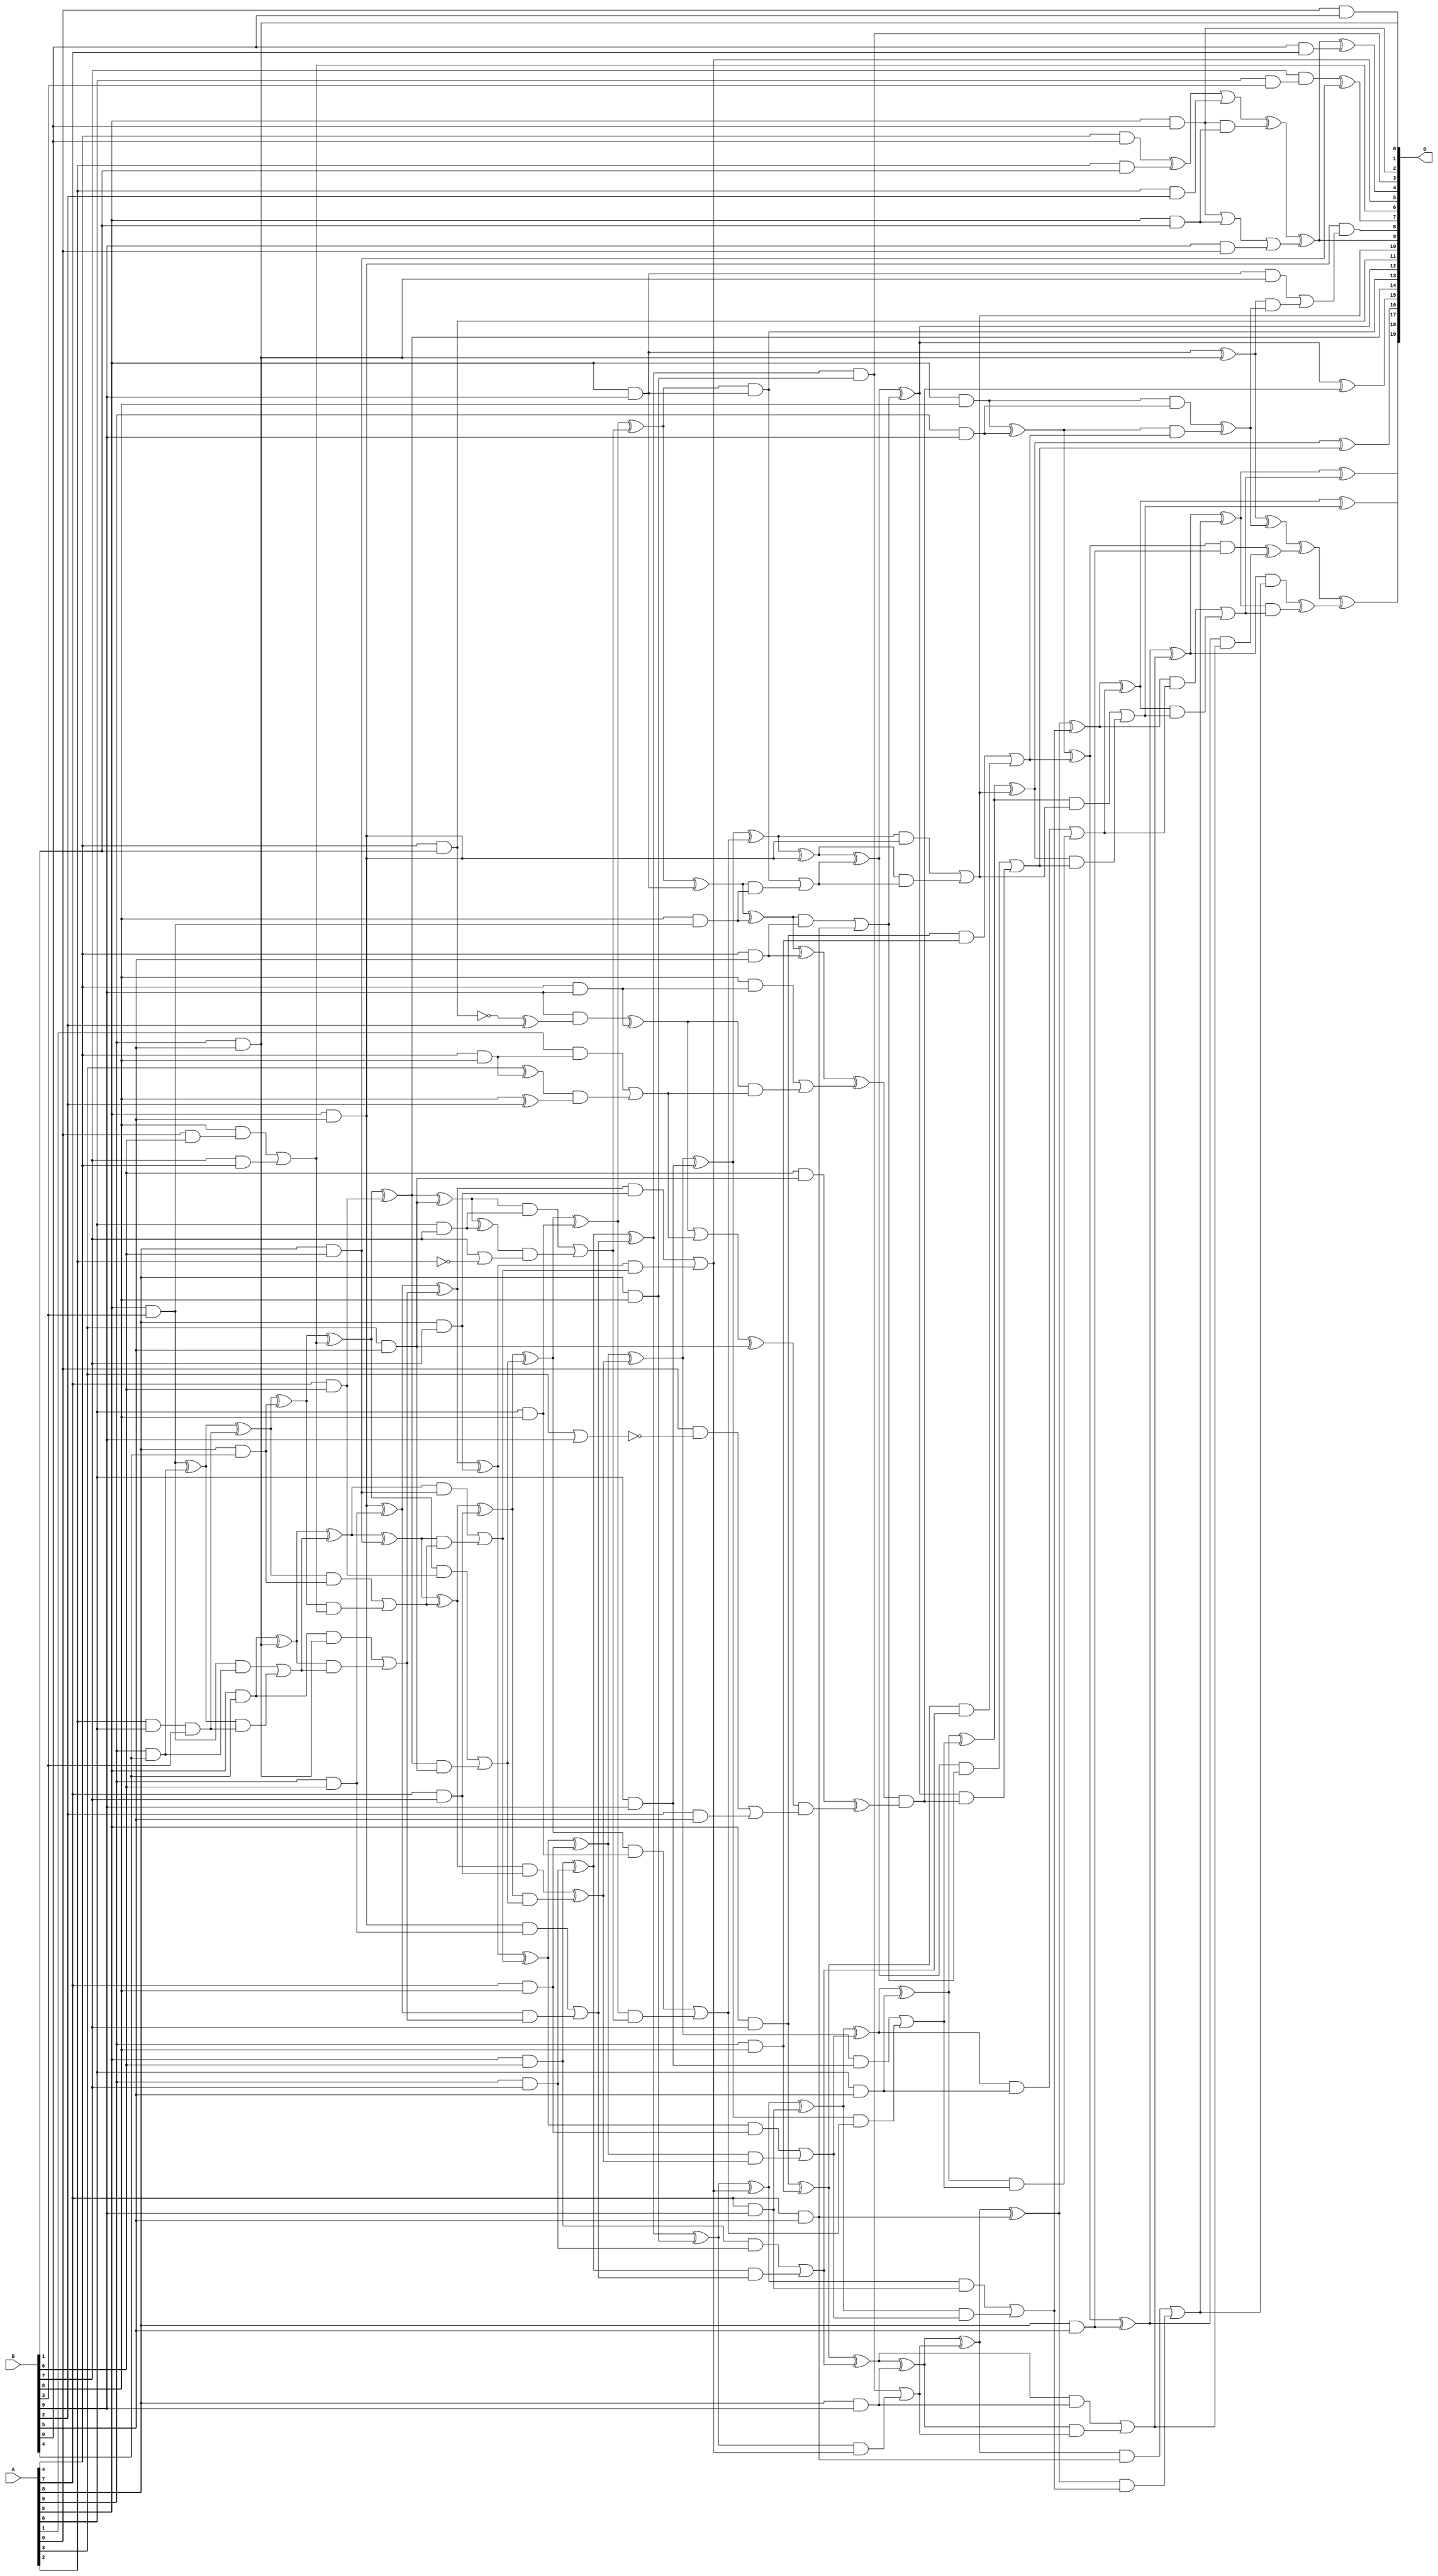
module mul11u_097(A, B, O);
  input [9:0] A, B;
  output [19:0] O;
  wire [9:0] A, B;
  wire [19:0] O;
  wire sig_25, sig_26, sig_35, sig_36, sig_48, sig_49;
  wire sig_50, sig_66, sig_70, sig_81, sig_82, sig_84;
  wire sig_85, sig_88, sig_106, sig_107, sig_135, sig_137;
  wire sig_140, sig_141, sig_144, sig_180, sig_182, sig_185;
  wire sig_194, sig_195, sig_196, sig_223, sig_238, sig_239;
  wire sig_242, sig_243, sig_244, sig_245, sig_246, sig_255;
  wire sig_256, sig_257, sig_297, sig_298, sig_299, sig_300;
  wire sig_301, sig_302, sig_303, sig_304, sig_305, sig_306;
  wire sig_307, sig_315, sig_316, sig_317, sig_318, sig_351;
  wire sig_353, sig_355, sig_356, sig_357, sig_358, sig_359;
  wire sig_360, sig_361, sig_362, sig_363, sig_364, sig_365;
  wire sig_366, sig_367, sig_368, sig_375, sig_376, sig_377;
  wire sig_378, sig_379, sig_404, sig_406, sig_409, sig_410;
  wire sig_411, sig_412, sig_414, sig_415, sig_416, sig_417;
  wire sig_418, sig_419, sig_420, sig_421, sig_422, sig_423;
  wire sig_425, sig_426, sig_427, sig_428, sig_429, sig_434;
  wire sig_435, sig_436, sig_437, sig_438, sig_439, sig_440;
  wire sig_461, sig_462, sig_463, sig_465, sig_467, sig_469;
  wire sig_470, sig_471, sig_472, sig_473, sig_474, sig_475;
  wire sig_476, sig_477, sig_478, sig_479, sig_480, sig_481;
  wire sig_483, sig_484, sig_485, sig_486, sig_487, sig_488;
  wire sig_489, sig_490, sig_494, sig_495, sig_496, sig_497;
  wire sig_498, sig_499, sig_500, sig_501, sig_518, sig_519;
  wire sig_521, sig_522, sig_523, sig_524, sig_525, sig_526;
  wire sig_527, sig_529, sig_530, sig_531, sig_532, sig_533;
  wire sig_534, sig_535, sig_536, sig_537, sig_538, sig_539;
  wire sig_540, sig_541, sig_542, sig_543, sig_544, sig_545;
  wire sig_546, sig_547, sig_548, sig_549, sig_550, sig_551;
  wire sig_555, sig_556, sig_557, sig_558, sig_559, sig_560;
  wire sig_561, sig_562, sig_578, sig_579, sig_580, sig_582;
  wire sig_583, sig_584, sig_585, sig_586, sig_587, sig_588;
  wire sig_589, sig_590, sig_591, sig_593, sig_594, sig_595;
  wire sig_596, sig_597, sig_598, sig_599, sig_600, sig_601;
  wire sig_602, sig_603, sig_604, sig_605, sig_606, sig_607;
  wire sig_608, sig_609, sig_610, sig_611, sig_612, sig_626;
  wire sig_629, sig_631, sig_632, sig_634, sig_635, sig_636;
  wire sig_637, sig_639, sig_640, sig_641, sig_642, sig_644;
  wire sig_645, sig_646, sig_647, sig_649, sig_650, sig_651;
  wire sig_652, sig_654, sig_655, sig_657;
  assign O[0] = A[0] & B[0];
  assign sig_25 = A[5] & B[0];
  assign sig_26 = A[4] & B[0];
  assign sig_35 = A[5] & B[1];
  assign sig_36 = A[2] & B[1];
  assign sig_48 = sig_25 | sig_35;
  assign sig_49 = sig_25 & sig_35;
  assign sig_50 = sig_26 ^ sig_36;
  assign sig_66 = A[2] & B[2];
  assign sig_70 = A[6] & B[3];
  assign sig_81 = sig_48;
  assign sig_82 = B[9] & A[0];
  assign sig_84 = sig_81 | sig_82;
  assign sig_85 = sig_50 | sig_66;
  assign sig_88 = sig_85 ^ sig_49;
  assign sig_106 = B[7] & sig_70;
  assign sig_107 = B[6] & A[8];
  assign O[7] = sig_106 ^ sig_107;
  assign sig_135 = A[5] & B[3];
  assign sig_137 = B[0] & A[7];
  assign sig_140 = sig_137;
  assign sig_141 = sig_88;
  assign sig_144 = sig_141 ^ sig_84;
  assign sig_180 = A[4];
  assign sig_182 = A[2] & A[6];
  assign sig_185 = sig_182 & B[3];
  assign sig_194 = A[0] & B[6];
  assign sig_195 = A[9] & B[4];
  assign sig_196 = A[5] & B[4];
  assign O[9] = sig_144;
  assign O[4] = O[9] ^ sig_140;
  assign sig_223 = A[5] & B[0];
  assign O[2] = sig_223;
  assign sig_238 = B[8] & sig_194;
  assign sig_239 = B[7] & sig_180;
  assign O[6] = sig_238 | sig_239;
  assign sig_242 = sig_135 ^ sig_195;
  assign sig_243 = sig_135 & sig_195;
  assign sig_244 = sig_242 & sig_185;
  assign sig_245 = sig_242 ^ sig_185;
  assign sig_246 = sig_243 | sig_244;
  assign sig_255 = A[8] & B[4];
  assign sig_256 = A[9] & B[5];
  assign sig_257 = A[5] & B[5];
  assign sig_297 = A[3] & B[5];
  assign sig_298 = sig_245 ^ sig_255;
  assign sig_299 = sig_245 & sig_255;
  assign sig_300 = sig_298 & O[6];
  assign sig_301 = sig_298 ^ O[6];
  assign sig_302 = sig_299 | sig_300;
  assign sig_303 = sig_196 ^ sig_256;
  assign sig_304 = sig_196 & sig_256;
  assign sig_305 = sig_303 & sig_246;
  assign sig_306 = sig_303 ^ sig_246;
  assign sig_307 = sig_304 | sig_305;
  assign O[11] = A[4] & B[1];
  assign sig_315 = A[7] & B[6];
  assign sig_316 = A[8] & B[6];
  assign sig_317 = A[9] & B[6];
  assign sig_318 = A[5] & B[6];
  assign sig_351 = !A[2];
  assign sig_353 = B[7] | sig_351;
  assign O[14] = sig_301 ^ sig_315;
  assign sig_355 = sig_301 & sig_315;
  assign sig_356 = O[14] & sig_297;
  assign sig_357 = O[14] ^ sig_297;
  assign sig_358 = sig_355 | sig_356;
  assign sig_359 = sig_306 ^ sig_316;
  assign sig_360 = sig_306 & sig_316;
  assign sig_361 = sig_359 & sig_302;
  assign sig_362 = sig_359 ^ sig_302;
  assign sig_363 = sig_360 | sig_361;
  assign sig_364 = sig_257 ^ sig_317;
  assign sig_365 = sig_257 & sig_317;
  assign sig_366 = sig_364 & sig_307;
  assign sig_367 = sig_364 ^ sig_307;
  assign sig_368 = sig_365 | sig_366;
  assign sig_375 = A[6] & B[7];
  assign sig_376 = A[7] & B[7];
  assign sig_377 = A[8] & B[7];
  assign sig_378 = A[9] & B[7];
  assign sig_379 = A[5] & B[7];
  assign sig_404 = B[8] ^ B[2];
  assign sig_406 = !(A[4] & B[1]);
  assign sig_409 = sig_406 ^ B[2];
  assign sig_410 = sig_357 ^ sig_375;
  assign sig_411 = sig_357 & sig_375;
  assign sig_412 = sig_410 & sig_353;
  assign sig_414 = sig_411 | sig_412;
  assign sig_415 = sig_362 ^ sig_376;
  assign sig_416 = sig_362 & sig_376;
  assign sig_417 = sig_415 & sig_358;
  assign sig_418 = sig_415 ^ sig_358;
  assign sig_419 = sig_416 ^ sig_417;
  assign sig_420 = sig_367 ^ sig_377;
  assign sig_421 = sig_367 & sig_377;
  assign sig_422 = sig_420 & sig_363;
  assign sig_423 = sig_420 ^ sig_363;
  assign O[5] = sig_421 | sig_422;
  assign sig_425 = sig_318 ^ sig_378;
  assign sig_426 = sig_318 & sig_378;
  assign sig_427 = sig_425 & sig_368;
  assign sig_428 = sig_425 ^ sig_368;
  assign sig_429 = sig_426 | sig_427;
  assign sig_434 = A[4] & B[8];
  assign sig_435 = A[5] & B[3];
  assign sig_436 = A[6] & B[8];
  assign sig_437 = A[7] & B[8];
  assign sig_438 = A[8] & B[8];
  assign sig_439 = A[9] & B[8];
  assign sig_440 = A[5] & B[8];
  assign sig_461 = A[3] ^ sig_434;
  assign sig_462 = A[1] & sig_434;
  assign sig_463 = sig_461 & sig_404;
  assign sig_465 = sig_462 | sig_463;
  assign sig_467 = B[8] & sig_435;
  assign sig_469 = B[9] & sig_409;
  assign sig_470 = sig_467;
  assign sig_471 = sig_418 ^ sig_436;
  assign sig_472 = sig_418 & sig_436;
  assign sig_473 = sig_471 & sig_414;
  assign sig_474 = sig_471 ^ sig_414;
  assign sig_475 = sig_472 | sig_473;
  assign sig_476 = sig_423 ^ sig_437;
  assign sig_477 = sig_423 & sig_437;
  assign sig_478 = sig_476 & sig_419;
  assign sig_479 = sig_476 ^ sig_419;
  assign sig_480 = sig_477 | sig_478;
  assign sig_481 = sig_428 ^ sig_438;
  assign O[3] = sig_428 & sig_438;
  assign sig_483 = sig_481 & O[5];
  assign sig_484 = sig_481 ^ O[5];
  assign sig_485 = O[3] | sig_483;
  assign sig_486 = sig_379 ^ sig_439;
  assign sig_487 = sig_379 & sig_439;
  assign sig_488 = sig_486 & sig_429;
  assign sig_489 = sig_486 ^ sig_429;
  assign sig_490 = sig_487 | sig_488;
  assign sig_494 = !(A[3] | B[9]);
  assign sig_495 = A[4] & B[9];
  assign sig_496 = A[5] & B[9];
  assign sig_497 = A[6] & B[9];
  assign sig_498 = A[7] & B[9];
  assign sig_499 = A[8] & B[9];
  assign sig_500 = A[9] & B[9];
  assign sig_501 = A[5] & B[9];
  assign sig_518 = A[0] & sig_494;
  assign sig_519 = B[2] & B[5];
  assign sig_521 = sig_518 | sig_519;
  assign sig_522 = sig_469 ^ sig_495;
  assign sig_523 = B[8] & sig_495;
  assign sig_524 = sig_522 & sig_465;
  assign sig_525 = sig_522 | sig_465;
  assign sig_526 = sig_523 | sig_524;
  assign sig_527 = sig_474 ^ sig_496;
  assign O[13] = sig_474 & sig_496;
  assign sig_529 = sig_527 & sig_470;
  assign sig_530 = sig_527 ^ sig_470;
  assign sig_531 = O[13] | sig_529;
  assign sig_532 = sig_479 ^ sig_497;
  assign sig_533 = sig_479 & sig_497;
  assign sig_534 = sig_532 & sig_475;
  assign sig_535 = sig_532 ^ sig_475;
  assign sig_536 = sig_533 | sig_534;
  assign sig_537 = sig_484 ^ sig_498;
  assign sig_538 = sig_484 & sig_498;
  assign sig_539 = sig_537 & sig_480;
  assign sig_540 = sig_537 ^ sig_480;
  assign sig_541 = sig_538 | sig_539;
  assign sig_542 = sig_489 ^ sig_499;
  assign sig_543 = sig_489 & sig_499;
  assign sig_544 = sig_542 & sig_485;
  assign sig_545 = sig_542 ^ sig_485;
  assign sig_546 = sig_543 | sig_544;
  assign sig_547 = sig_440 ^ sig_500;
  assign sig_548 = sig_440 & sig_500;
  assign sig_549 = sig_547 & sig_490;
  assign sig_550 = sig_547 ^ sig_490;
  assign sig_551 = sig_548 ^ sig_549;
  assign sig_555 = A[3] & B[5];
  assign sig_556 = A[4] & B[5];
  assign sig_557 = A[5] & B[5];
  assign sig_558 = A[6] & B[5];
  assign sig_559 = A[7] & B[5];
  assign sig_560 = A[8] & B[5];
  assign sig_561 = A[9] & B[5];
  assign sig_562 = A[5] & B[5];
  assign sig_578 = sig_525 ^ sig_555;
  assign sig_579 = B[6] & sig_555;
  assign sig_580 = sig_578 & sig_521;
  assign sig_582 = sig_579 ^ sig_580;
  assign sig_583 = sig_530 ^ sig_556;
  assign sig_584 = sig_530 & sig_556;
  assign sig_585 = A[7] & B[5];
  assign sig_586 = sig_583 ^ sig_526;
  assign sig_587 = sig_584 | sig_585;
  assign sig_588 = sig_535 ^ sig_557;
  assign sig_589 = sig_535 & sig_557;
  assign sig_590 = sig_588 & sig_531;
  assign sig_591 = sig_588 ^ sig_531;
  assign O[10] = sig_589 | sig_590;
  assign sig_593 = sig_540 ^ sig_558;
  assign sig_594 = sig_540 & sig_558;
  assign sig_595 = sig_593 & sig_536;
  assign sig_596 = sig_593 ^ sig_536;
  assign sig_597 = sig_594 | sig_595;
  assign sig_598 = sig_545 ^ sig_559;
  assign sig_599 = sig_545 & sig_559;
  assign sig_600 = sig_598 & sig_541;
  assign sig_601 = sig_598 ^ sig_541;
  assign sig_602 = sig_599 | sig_600;
  assign sig_603 = sig_550 ^ sig_560;
  assign sig_604 = sig_550 & sig_560;
  assign sig_605 = sig_603 & sig_546;
  assign sig_606 = sig_603 ^ sig_546;
  assign sig_607 = sig_604 ^ sig_605;
  assign sig_608 = sig_501 ^ sig_561;
  assign sig_609 = sig_501 & sig_561;
  assign sig_610 = sig_608 & sig_551;
  assign sig_611 = sig_608 ^ sig_551;
  assign sig_612 = sig_609 | sig_610;
  assign O[1] = A[9] & B[5];
  assign sig_626 = sig_586 & sig_582;
  assign sig_629 = sig_626;
  assign O[12] = sig_591 ^ sig_587;
  assign sig_631 = sig_591 & sig_587;
  assign sig_632 = O[12] & sig_629;
  assign O[15] = O[12] ^ sig_629;
  assign sig_634 = sig_631 | sig_632;
  assign sig_635 = sig_596 ^ O[10];
  assign sig_636 = sig_596 & O[10];
  assign sig_637 = sig_635 & sig_634;
  assign O[16] = sig_635 ^ sig_634;
  assign sig_639 = sig_636 | sig_637;
  assign sig_640 = sig_601 ^ sig_597;
  assign sig_641 = sig_601 & sig_597;
  assign sig_642 = sig_640 & sig_639;
  assign O[17] = sig_640 ^ sig_639;
  assign sig_644 = sig_641 | sig_642;
  assign sig_645 = sig_606 ^ sig_602;
  assign sig_646 = sig_606 & sig_602;
  assign sig_647 = sig_645 & sig_644;
  assign O[18] = sig_645 ^ sig_644;
  assign sig_649 = sig_646 ^ sig_647;
  assign sig_650 = sig_611 ^ sig_607;
  assign sig_651 = sig_611 & sig_607;
  assign sig_652 = sig_650 & sig_649;
  assign O[19] = sig_650 ^ sig_649;
  assign sig_654 = sig_651 | sig_652;
  assign sig_655 = sig_562 ^ sig_612;
  assign O[8] = sig_562 & sig_612;
  assign sig_657 = sig_655 & sig_654;
endmodule